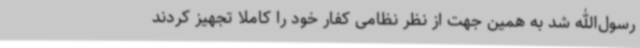
رسول‌الله شد به همین جهت از نظر نظامی کفار خود را کاملاً تجهیز کردند